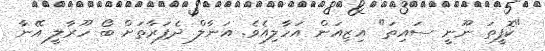
"ކޮފީތަ ނޫނީ ސައިތަ" އިޒިއަން އަހާލިއެވެ. އަނާލް ދެފަރާތަށް ބޯ ހޫރާލީ އޭނާ